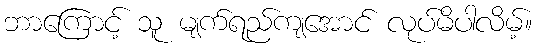
ဘာကြောင့် သူ မျက်ရည်ကျအောင် လုပ်မိပါလိမ့်။